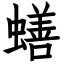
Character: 蟮